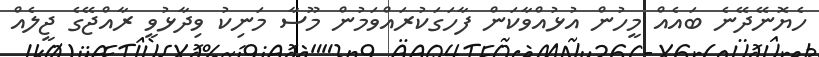
ހެޔޮނޭދޭނެ ބައެއް މީހުން އުޅުއްވާކަން ފާހަގަކުރައްވަމުން މޫސާ މަނިކު ވިދާޅުވީ ރާއްޖޭގެ ޖީލެއް